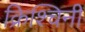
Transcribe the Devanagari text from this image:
क्रिश्चिनी